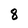
Character: 8